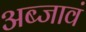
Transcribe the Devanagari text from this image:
अब्जावं